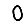
Digit: 0